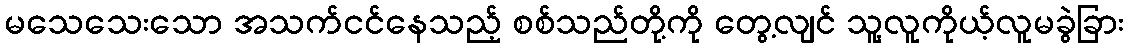
မသေသေးသော အသက်ငင်နေသည့် စစ်သည်တို့ကို တွေ့လျင် သူ့လူကိုယ့်လူမခွဲခြား